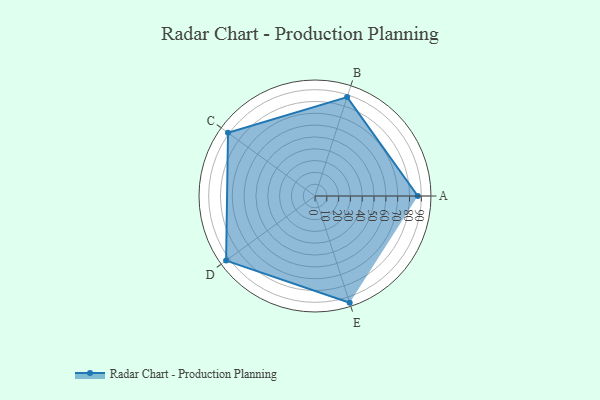
{"axis": {"x": "Skill", "y": "Score"}, "legend": ["Profile"], "data": [{"x": "A", "y": 87.0, "type": "Profile"}, {"x": "B", "y": 88.0, "type": "Profile"}, {"x": "C", "y": 91.0, "type": "Profile"}, {"x": "D", "y": 93.0, "type": "Profile"}, {"x": "E", "y": 95.0, "type": "Profile"}]}